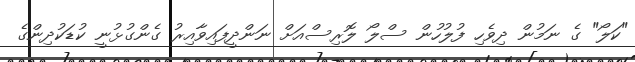
"ކަލޯ" ގެ ނަމުން ދިވެހި ފުލުހުން ސްލޯ ލޮރިސްއަށް ނަންދީފައިވާއިރު ގެންގުޅުނީ ކުޑަކުދިންގެ